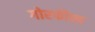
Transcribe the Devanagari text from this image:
गोरफील्ड